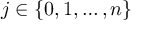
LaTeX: j \in \{ 0 , 1 , \dotsc , n \}